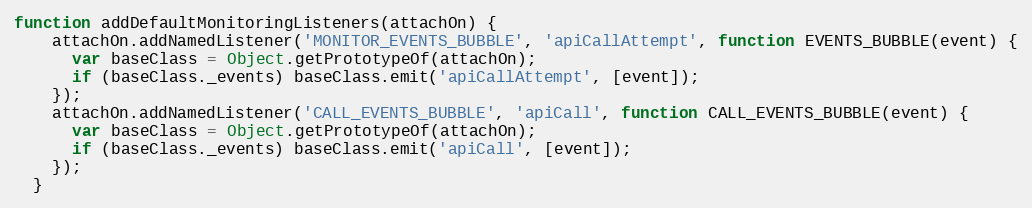
Language: JavaScript
function addDefaultMonitoringListeners(attachOn) {
    attachOn.addNamedListener('MONITOR_EVENTS_BUBBLE', 'apiCallAttempt', function EVENTS_BUBBLE(event) {
      var baseClass = Object.getPrototypeOf(attachOn);
      if (baseClass._events) baseClass.emit('apiCallAttempt', [event]);
    });
    attachOn.addNamedListener('CALL_EVENTS_BUBBLE', 'apiCall', function CALL_EVENTS_BUBBLE(event) {
      var baseClass = Object.getPrototypeOf(attachOn);
      if (baseClass._events) baseClass.emit('apiCall', [event]);
    });
  }